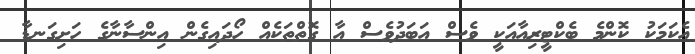
އެކަމަކު ކޮންމެ ބެކްޓީރިއާއަކީ ވެސް އަބަދުވެސް އާ ގޮތްތަކެއް ހޯދައިގެން އިންސާނާގެ ހަށިގަނޑާ